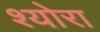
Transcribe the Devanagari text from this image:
श्योरा